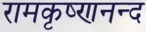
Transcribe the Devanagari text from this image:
रामकृष्णनन्द